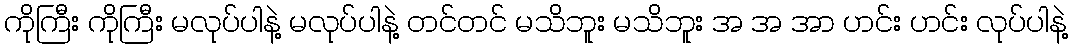
ကိုကြီး ကိုကြီး မလုပ်ပါနဲ့ မလုပ်ပါနဲ့ တင်တင် မသိဘူး မသိဘူး အ အ အာ ဟင်း ဟင်း လုပ်ပါနဲ့